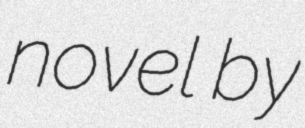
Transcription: novel by